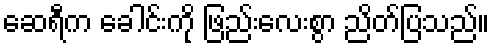
ဆေရီက ခေါင်းကို ဖြည်းလေးစွာ ညိတ်ပြသည်။